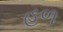
હળ